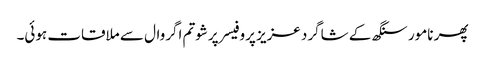
پھر نامور سنگھ کے شاگرد عزیز پروفیسر پرشوتم اگروال سے ملاقات ہوئی۔